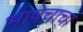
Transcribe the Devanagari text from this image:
भाषेचाचा